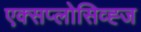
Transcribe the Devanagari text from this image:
एक्सप्लोसिव्ह्ज